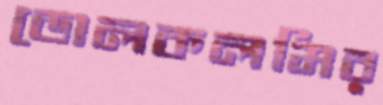
ডোলকলমির